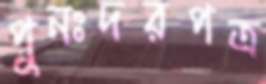
পুনঃদরপত্র